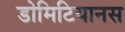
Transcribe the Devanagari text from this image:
डोमिटियानस